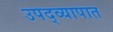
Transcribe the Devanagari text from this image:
उपद्व्यापात